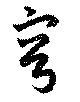
穹